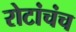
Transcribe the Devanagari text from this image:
रोटांचंच